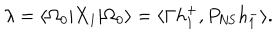
LaTeX: \lambda = \langle \Omega _ { 0 } | X _ { 1 } | \Omega _ { 0 } \rangle = \langle \Gamma h _ { 1 } ^ { + } , P _ { \mathrm { N S } } h _ { 1 } ^ { - } \rangle .